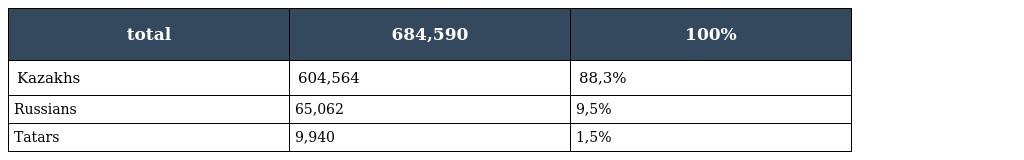
| total | 684,590 | 100% |
 | --- | --- | --- |
 | Kazakhs | 604,564 | 88,3% |
 | Russians | 65,062 | 9,5% |
 | Tatars | 9,940 | 1,5% |